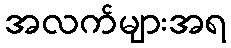
အလက်များအရ